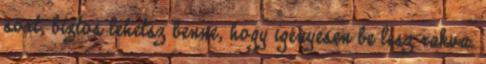
sört, biztos lehetsz benne, hogy igényesen be lesz rakva.